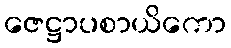
ဇေဋ္ဌာပစာယိကော